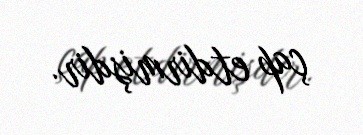
çap etdirmişdir.